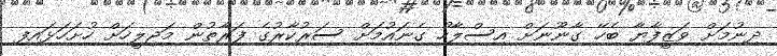
ދިނުމަށް ވަޒީފާޔާ ބެހޭ ގާނޫނަށް އިސްލާހު ގެނައުމަށް ސަރުކާރުގެ ފަރާތުން މަޖިލީހަށް ހުށަހަޅައިފި